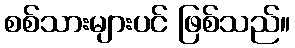
စစ်သားများပင် ဖြစ်သည်။